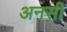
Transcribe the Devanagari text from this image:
अनसी